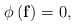
\begin{align*}\phi \left( \mathbf{f} \right)=0,\end{align*}